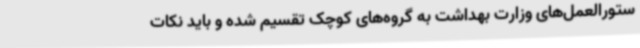
ستورالعمل‌های وزارت بهداشت به گروه‌های کوچک تقسیم شده و باید نکات